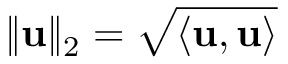
\| \mathbf { u } \| _ { 2 } = \sqrt { \langle \mathbf { u } , \mathbf { u } \rangle }